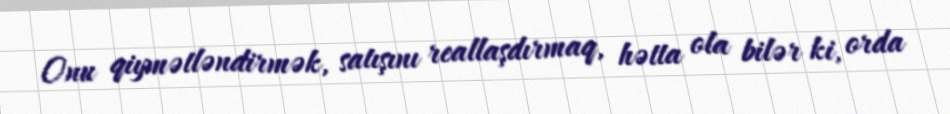
Onu qiymətləndirmək, satışını reallaşdırmaq, hətta ola bilər ki, orda